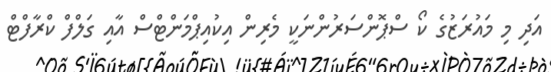
އަދި މި މައުރަޒުގެ ކޯ ސްޕޮންސަރުންނަކީ މެރިން އިކުއިޕްމަންޓްސް އާއި ގަލްފް ކްރާފްޓް